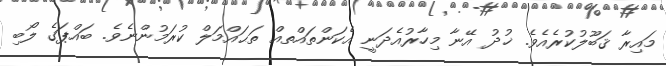
މައިރާ ޤަބޫލުކުރެއެވެ. ޚުދު އޭނާ މިހާރުއެދަނީ އެކަންތައްތއް ތަޙައްމަލް ކުރަމުންނެވެ. ބައްޕަގެ ލޯބި